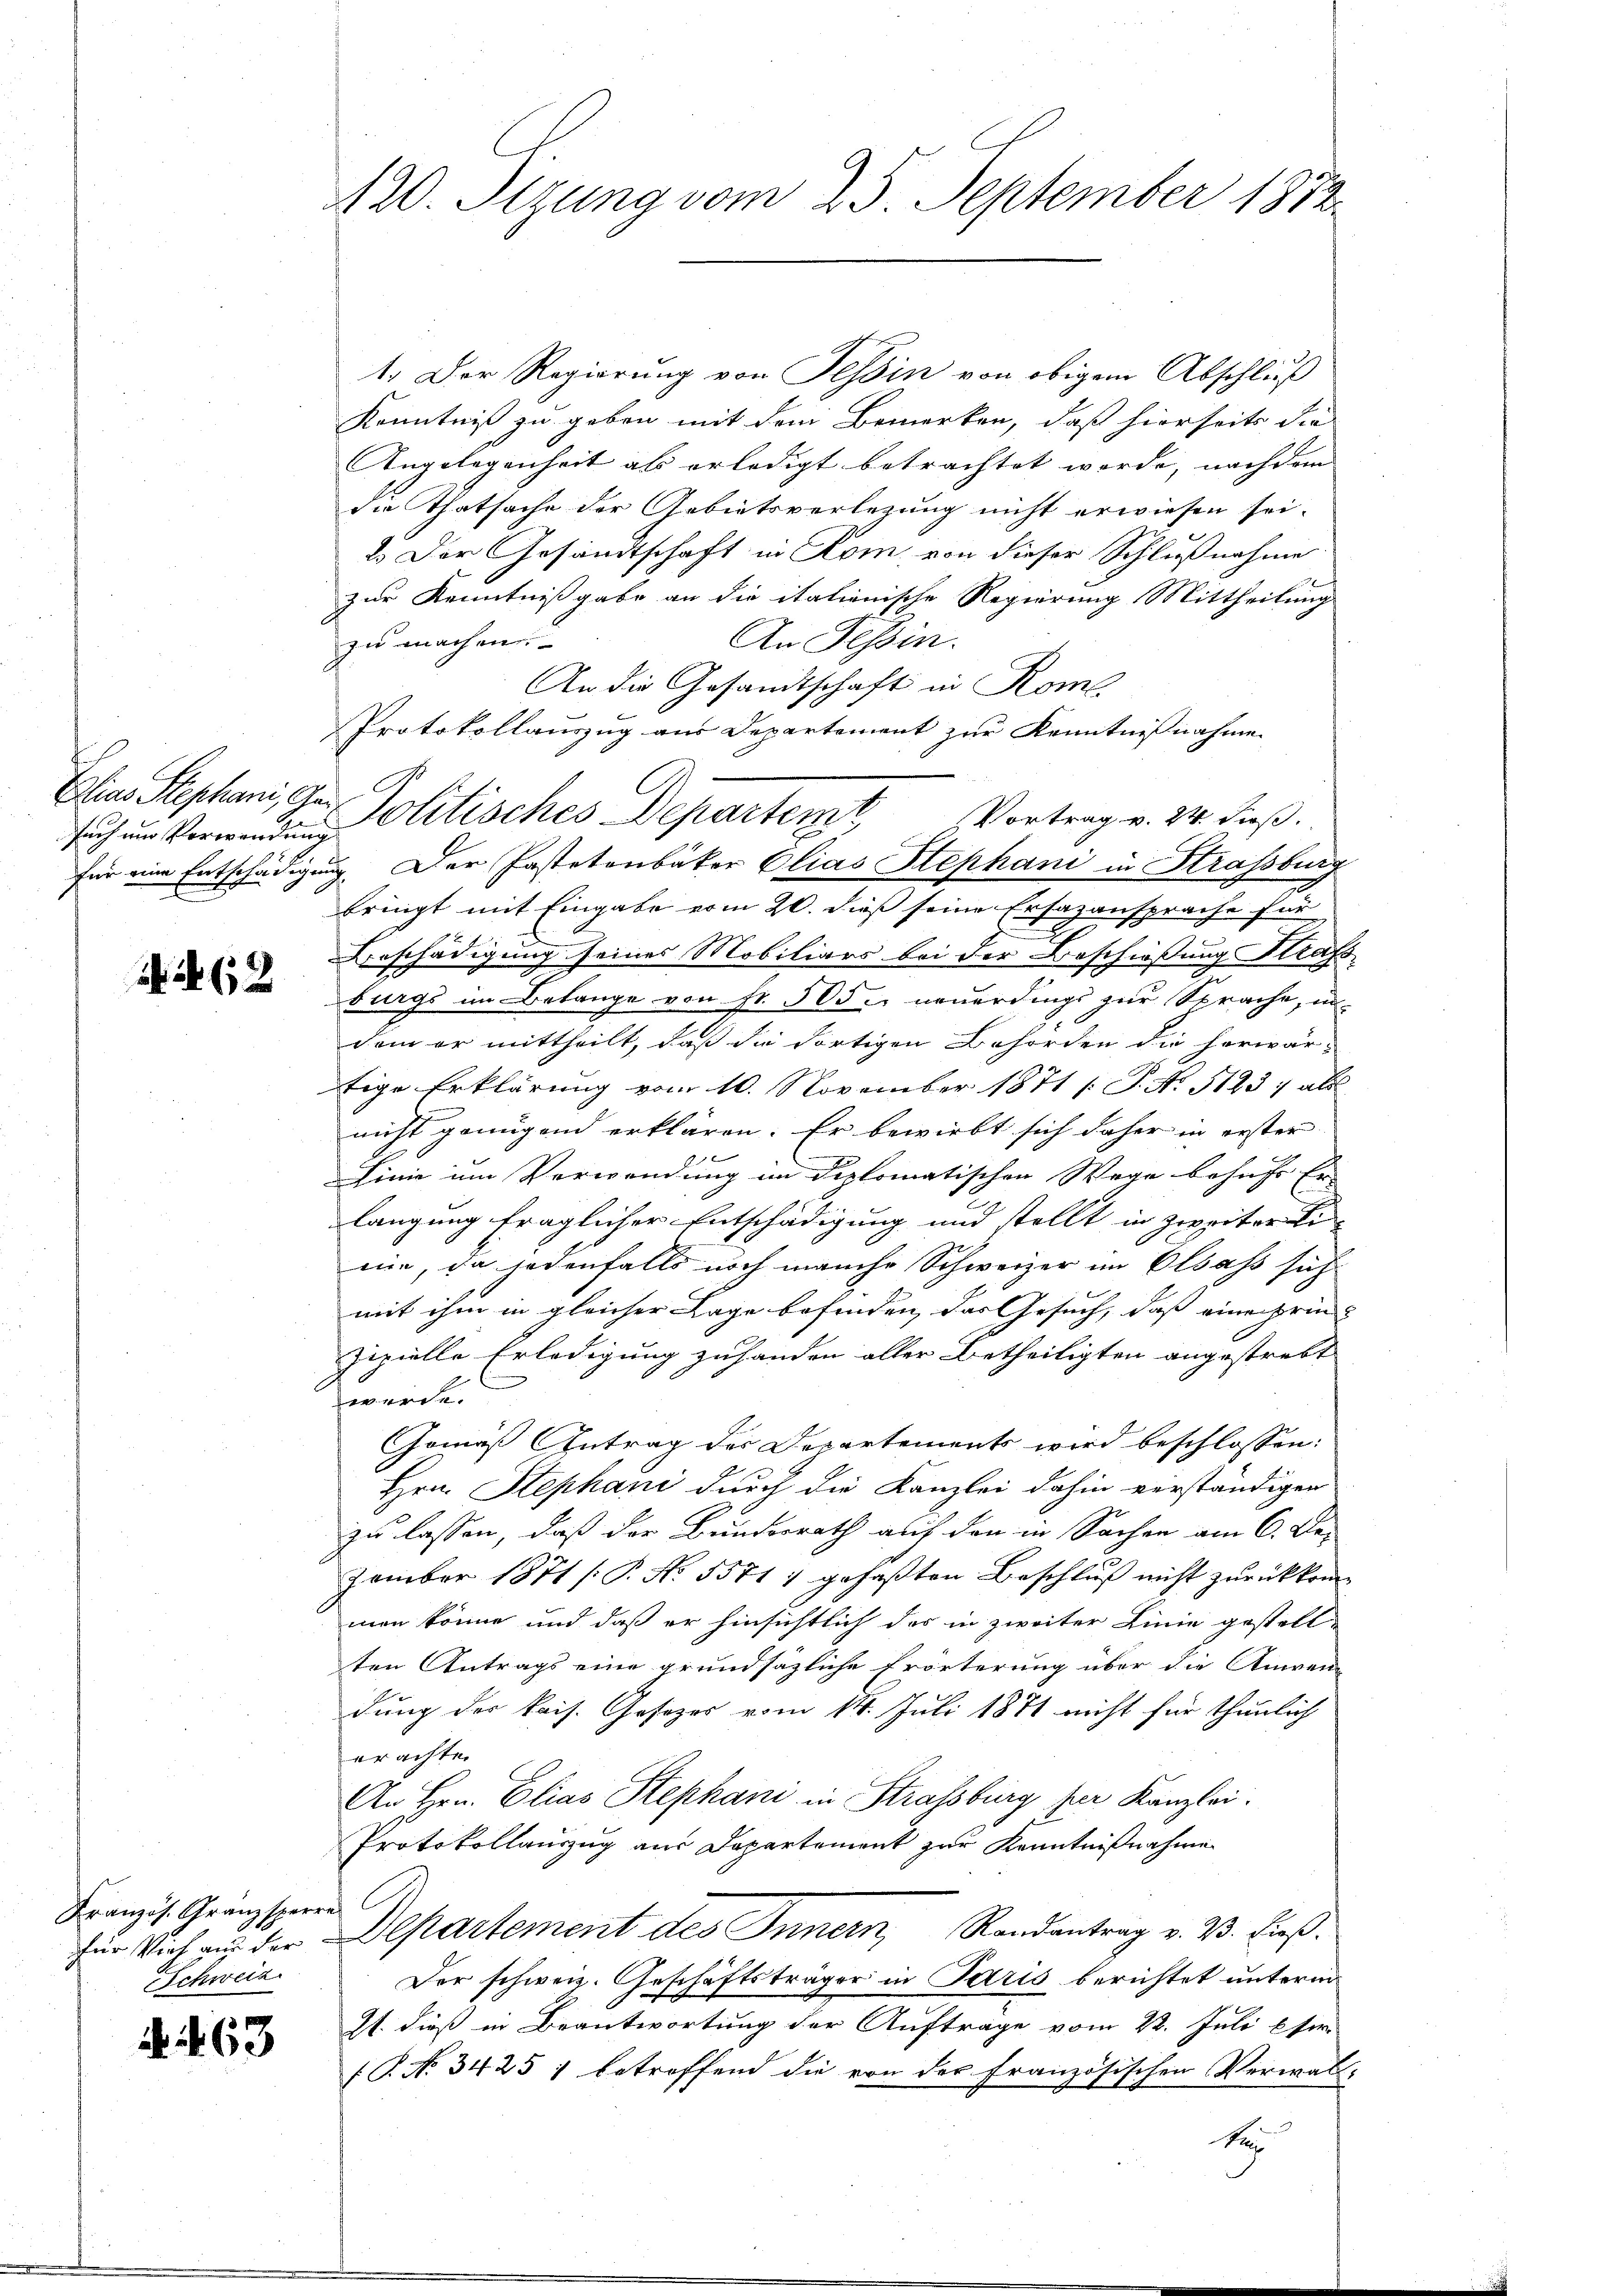
fach und Verwendung

A 62

Französ. Granzsperre
Schweiz

A . 63

420. Stzung vom 23. September 1872

1. Der Regierung von Tessin von obigem Abschluß
Kenntniß zu geben mit dem Bemerken, daß hierseits die
Angelegenheit als erledigt betrachtet werde, nachdem
die Thatsache der Gebietsverlegung nicht erwiesen sei.
2. Der Gesandtschaft in Kom, von dieser Schlußnahme
zur Kenntnißgabe an die italienische Regierung Mittheilung
An Tessin.
zu machen
An die Gesandtschaft in Rom.
Protokollauszug aus Departement zur Kenntnisnahme |
Ein Stephani, der Politisches Departem Vortrag v. 24. dieß.
für eine Entschädigung. Der Pastetenbaker Elias Stephani in Strassburg
bringt mit Eingabe vom 20. dieß seine Ersazansprache für
Beschädigung seines Mobiliars bei der Beschießung Strafs
.
burgs im Belange von Fr. 500 neuerdings zur Sprache, undem er mittheilt, daß die dortigen Behörden die herwär-
tige Erklärung vom 10. November 1871 /: P. No 5123; ab
nicht genügend erklären. Er bewirbt sich daher in erster |
Linie im Verwendung im Diplomatischen Wege behufs Er- |
langung fraglicher Entschädigung und stellt in Zweiter i
nie, da jedenfalls noch manche Schweizer im Elsass sich
mit ihm in gleicher Lage befinden, das Gesuch, dass eine prin- |
zipielle Erledigung zuhanden aller Betheiligten angestrebt
werde.
Gemäß Antrag des Departements wird beschlossen:
Hrn. Stephani durch die Kanzlei dahin verständigen
zu lassen, daß der Bundesrath auf den in Sachen am 6. Dez
zember 1871 [P. No. 5571) gefaßten Beschluß nicht zurückkom-
man könne und daß er hinsichtlich das in zweiter Linie gestellten Antrags eine grundsäzliche Erörterung über die Anwen-
dung der kais. Gesezes vom 14. Juli 1871 nicht für thunlich
erachte.
An Hrn. Elias Stephani in Strassburg per Kanzlei.
Protokollauszug aus Departement zur Kenntnißnahme
für Vieh aus der Departement des Innern, Randantrag v. B. dieß¬
Der schweiz. Geschäftsträger in Paris berichtet unterm
21. dieß in Beantwortung der Auftrage vom 22. Juli ser
(P. No. 3425 1 betroffend die von der Französischen Verwal-
Re